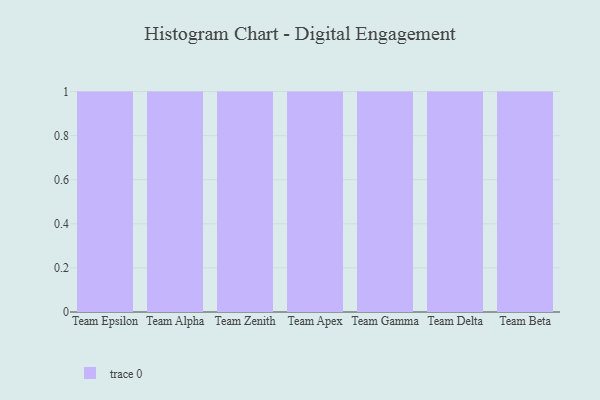
{"axis": {"x": "Team", "y": "Demand Index"}, "legend": [""], "data": [{"x": "Team Epsilon", "y": 39, "type": ""}, {"x": "Team Alpha", "y": 9, "type": ""}, {"x": "Team Zenith", "y": 30, "type": ""}, {"x": "Team Apex", "y": 56, "type": ""}, {"x": "Team Gamma", "y": 19, "type": ""}, {"x": "Team Delta", "y": 7, "type": ""}, {"x": "Team Beta", "y": 61, "type": ""}]}